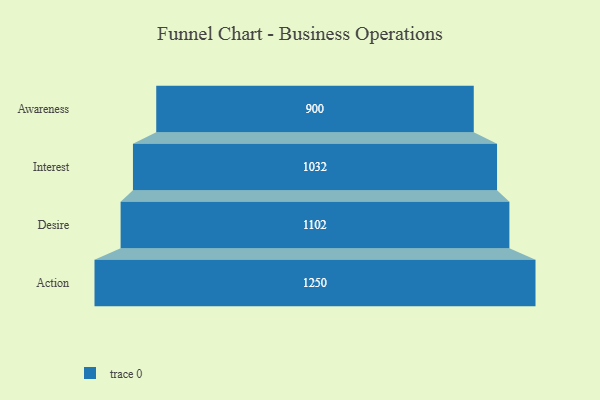
{"axis": {"x": "Stage", "y": "Value"}, "legend": [""], "data": [{"x": "Awareness", "y": 900.0, "type": ""}, {"x": "Interest", "y": 1032.0, "type": ""}, {"x": "Desire", "y": 1102.0, "type": ""}, {"x": "Action", "y": 1250.0, "type": ""}]}